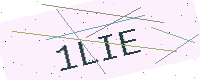
Text: 1LIE